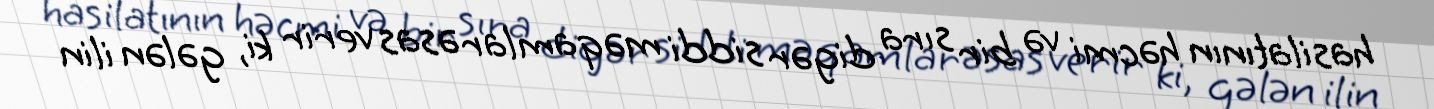
hasilatının həcmi və bir sıra digər siddi məqamlar əsas verir ki, gələn ilin